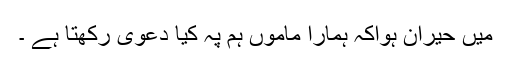
میں حیران ہواکہ ہمارا ماموں ہم پہ کیا دعویٰ رکھتا ہے ۔